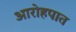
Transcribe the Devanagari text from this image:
आरोहपात